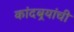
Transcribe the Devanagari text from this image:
कांदबर्‍यांची